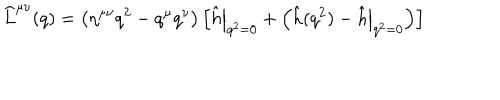
\widehat L ^ { \mu \nu } ( q ) = \left( \eta ^ { \mu \nu } q ^ { 2 } - q ^ { \mu } q ^ { \nu } \right) \left[ \left. \hat { h } \right| _ { q ^ { 2 } = 0 } + \left( \hat { h } ( q ^ { 2 } ) - \left. \hat { h } \right| _ { q ^ { 2 } = 0 } \right) \right]